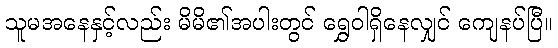
သူမအနေနှင့်လည်း မိမိ၏အပါးတွင် ရွှေဝါရှိနေလျှင် ကျေနပ်ပြီ။